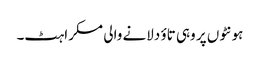
ہونٹوں پر وہی تاؤ دلانے والی مسکراہٹ۔